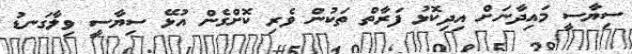
ސިޔާސީ މައިދާނަށް އިދިކޮޅު ފަރާތް ތަކުން ވެރި ކޮށްގެން އުޅޭ ސިޔާސީ ވިލާގަނޑު